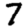
Digit: 7